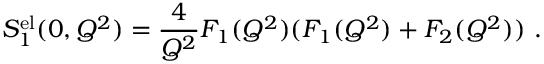
S _ { 1 } ^ { \mathrm { e l } } ( 0 , Q ^ { 2 } ) = { \frac { 4 } { Q ^ { 2 } } } F _ { 1 } ( Q ^ { 2 } ) ( F _ { 1 } ( Q ^ { 2 } ) + F _ { 2 } ( Q ^ { 2 } ) ) \ .